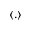
\langle . \rangle